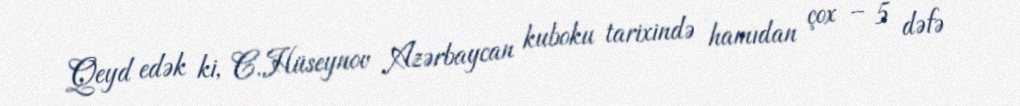
Qeyd edək ki, C.Hüseynov Azərbaycan kuboku tarixində hamıdan çox – 5 dəfə